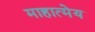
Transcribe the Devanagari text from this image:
माहात्मेय